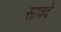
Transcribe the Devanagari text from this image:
सावदे